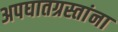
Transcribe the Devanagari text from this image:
अपघातग्रस्तांना